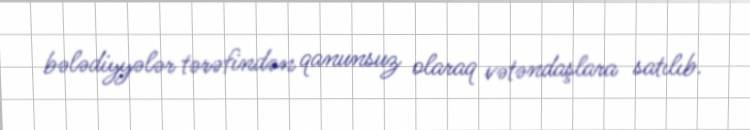
bələdiyyələr tərəfindən qanunsuz olaraq vətəndaşlara satılıb.